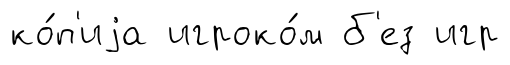
ко́п'иjа игроко́м б'ез игр